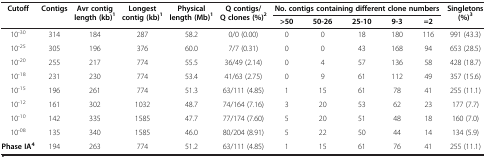
| <ROWSPAN=2> Cutoff | <ROWSPAN=2> Contigs | <ROWSPAN=2> Avr contig length (kb)1 | <ROWSPAN=2> Longest contig (kb)1 | <ROWSPAN=2> Physical length (Mb)1 | <ROWSPAN=2> Q contigs/ Q clones (%)2 | <COLSPAN=5> No. contigs containing different clone numbers | <ROWSPAN=2> Singletons (%)3 |
 | >50 | 50-26 | 25-10 | 9-3 | =2 |
 | --- | --- | --- | --- | --- | --- | --- | --- | --- | --- | --- | --- |
 | 10-30 | 314 | 184 | 287 | 58.2 | 0/0 (0.00) | 0 | 0 | 18 | 180 | 116 | 991 (43.3) |
 | 10-25 | 305 | 196 | 376 | 60.0 | 7/7 (0.31) | 0 | 0 | 43 | 168 | 94 | 653 (28.5) |
 | 10-20 | 255 | 217 | 774 | 55.5 | 36/49 (2.14) | 0 | 4 | 57 | 136 | 58 | 428 (18.7) |
 | 10-18 | 231 | 230 | 774 | 53.4 | 41/63 (2.75) | 0 | 9 | 61 | 112 | 49 | 357 (15.6) |
 | 10-15 | 196 | 261 | 774 | 51.3 | 63/111 (4.85) | 1 | 15 | 61 | 78 | 41 | 255 (11.1) |
 | 10-12 | 161 | 302 | 1032 | 48.7 | 74/164 (7.16) | 3 | 20 | 53 | 62 | 23 | 177 (7.7) |
 | 10-10 | 142 | 335 | 1585 | 47.7 | 77/174 (7.60) | 5 | 20 | 51 | 48 | 18 | 160 (7.0) |
 | 10-08 | 135 | 340 | 1585 | 46.0 | 80/204 (8.91) | 5 | 22 | 50 | 44 | 14 | 134 (5.9) |
 | Phase IA4 | 194 | 263 | 774 | 51.2 | 63/111 (4.85) | 1 | 15 | 61 | 76 | 41 | 255 (11.1) |